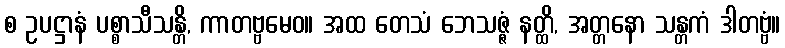
စ ဥပဋ္ဌာနံ ပစ္စာသီသန္တိ, ကာတဗ္ဗမေဝ။ အထ တေသံ ဘေသဇ္ဇံ နတ္ထိ, အတ္တနော သန္တကံ ဒါတဗ္ဗံ။